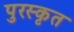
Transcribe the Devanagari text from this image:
पुरस्‍कृत